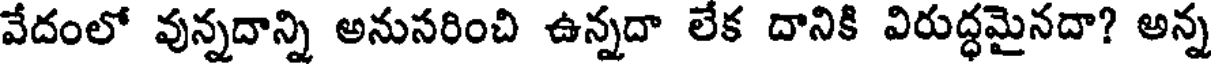
వేదంలో వున్నదాన్ని అనుసరించి ఉన్నదా లేక దానికి విరుద్ధమైనదా? అన్న